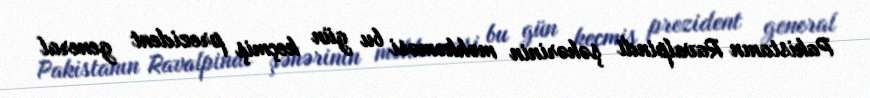
Pakistanın Ravalpindi şəhərinin məhkəməsi bu gün keçmiş prezident general